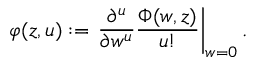
\varphi ( z , u ) : = \left. \frac { \partial ^ { u } } { \partial w ^ { u } } \frac { \Phi ( w , z ) } { u ! } \right| _ { w = 0 } .